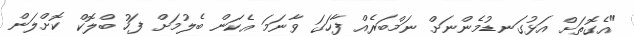
"އެގޮތަށް އަޅުގަނޑުމެންނަށް ނަމްބަރެއް ފާހަގަ ވާނަމަ އެކަން ބެލުމަށް ފަހު ބްލޮކް ކޮށްލަން